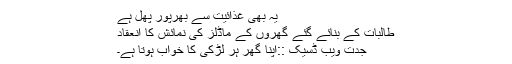
یہ بھی غذائیت سے بھرپور پھل ہے
طالبات کے بنائے گئے گھروں کے ماڈلز کی نمائش کا انعقاد
جدت ویب ڈسیک ::اپنا گھر ہر لڑکی کا خواب ہوتا ہے۔